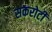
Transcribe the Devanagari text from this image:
सकरोटी